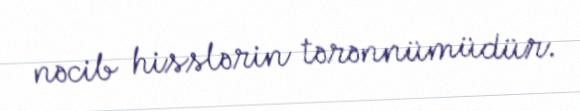
nəcib hisslərin tərənnümüdür.